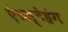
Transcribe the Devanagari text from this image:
एंटस्टेहंग